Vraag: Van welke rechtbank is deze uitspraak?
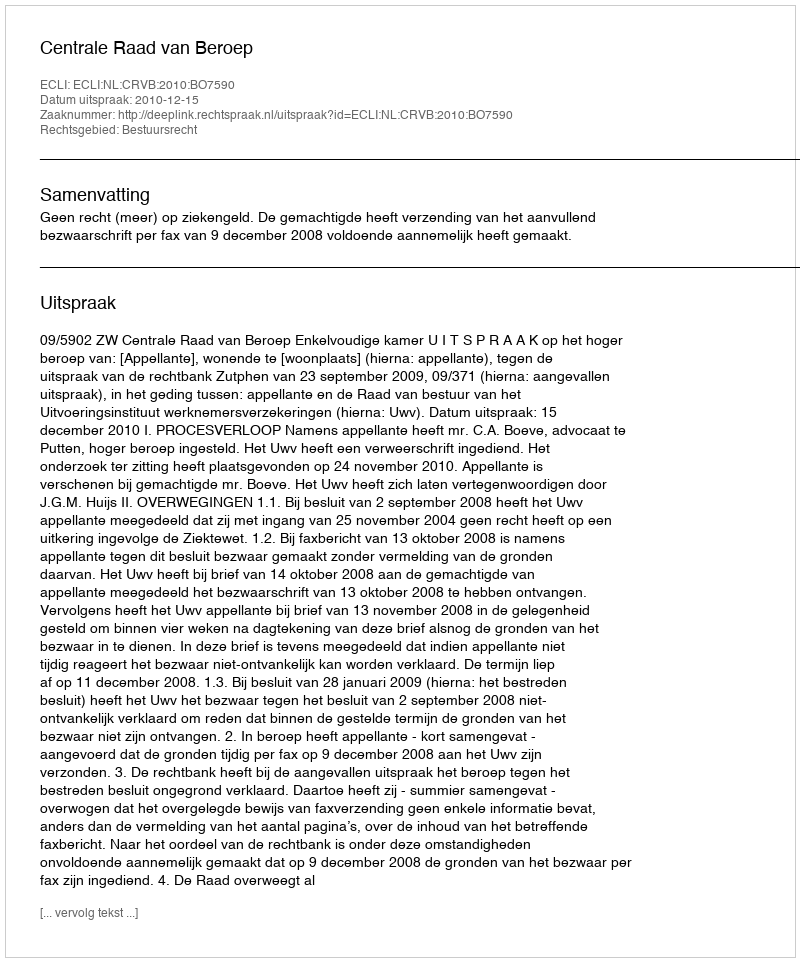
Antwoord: Centrale Raad van Beroep